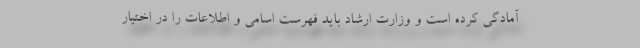
آمادگی کرده است و وزارت ارشاد باید فهرست اسامی و اطلاعات را در اختیار